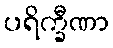
ပရိက္ခီဏာ